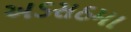
અડસઠમા